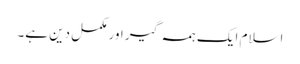
اسلام ایک ہمہ گیر اور مکمل دین ہے۔